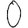
Digit: 0